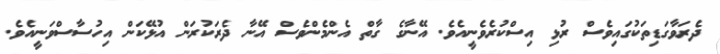
ދެރަވާގަޑިތަކުގައިވެސް ރުޅި އިސްކުރެވެނީއެވެ. އޭނާގެ ގާތް އެންމެންވެސް އޭނާ ދެރަކުރަން އުޅޭކަން އިހުސާސްވަނީއެވެ.